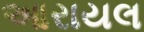
આરાયલ